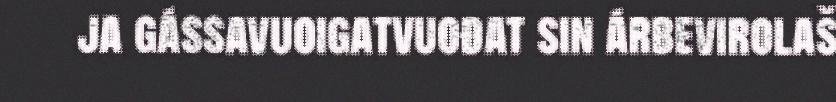
ja gássavuoigatvuođat sin árbevirolaš